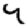
Digit: 4